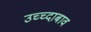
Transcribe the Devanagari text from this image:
उच्च्दाबाव